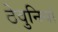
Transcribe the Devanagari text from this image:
ठेवुनियां